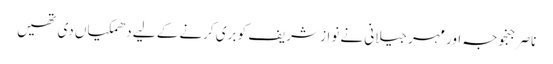
ناصر جنجوجہ اور مہر جیلانی نے نواز شریف کو بری کرنے کے لیے دھمکیاں دی تھیں